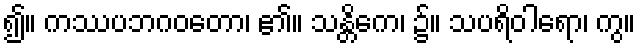
၍။ ကဿပဘဂဝတော၊ ၏။ သန္တိကေ၊ ၌။ သပရိဝါရော၊ ကွ။